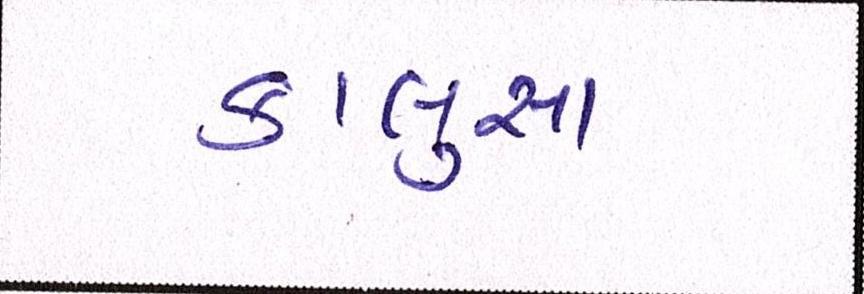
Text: કાલુસા